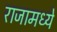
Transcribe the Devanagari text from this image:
राजामध्ये